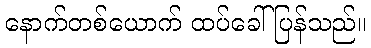
နောက်တစ်ယောက် ထပ်ခေါ်ပြန်သည်။